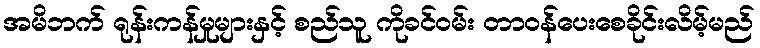
အမိဘက် ရုန်းကန်မှုများနှင့် စည်သူ ကိုခင်ဝမ်း တာဝန်ပေးစေခိုင်းလိမ့်မည်